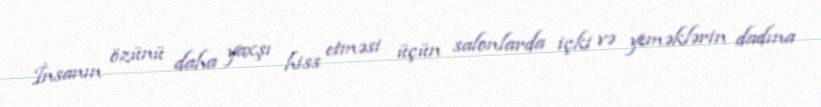
İnsanın özünü daha yaxşı hiss etməsi üçün salonlarda içki və yeməklərin dadına